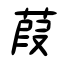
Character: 葭